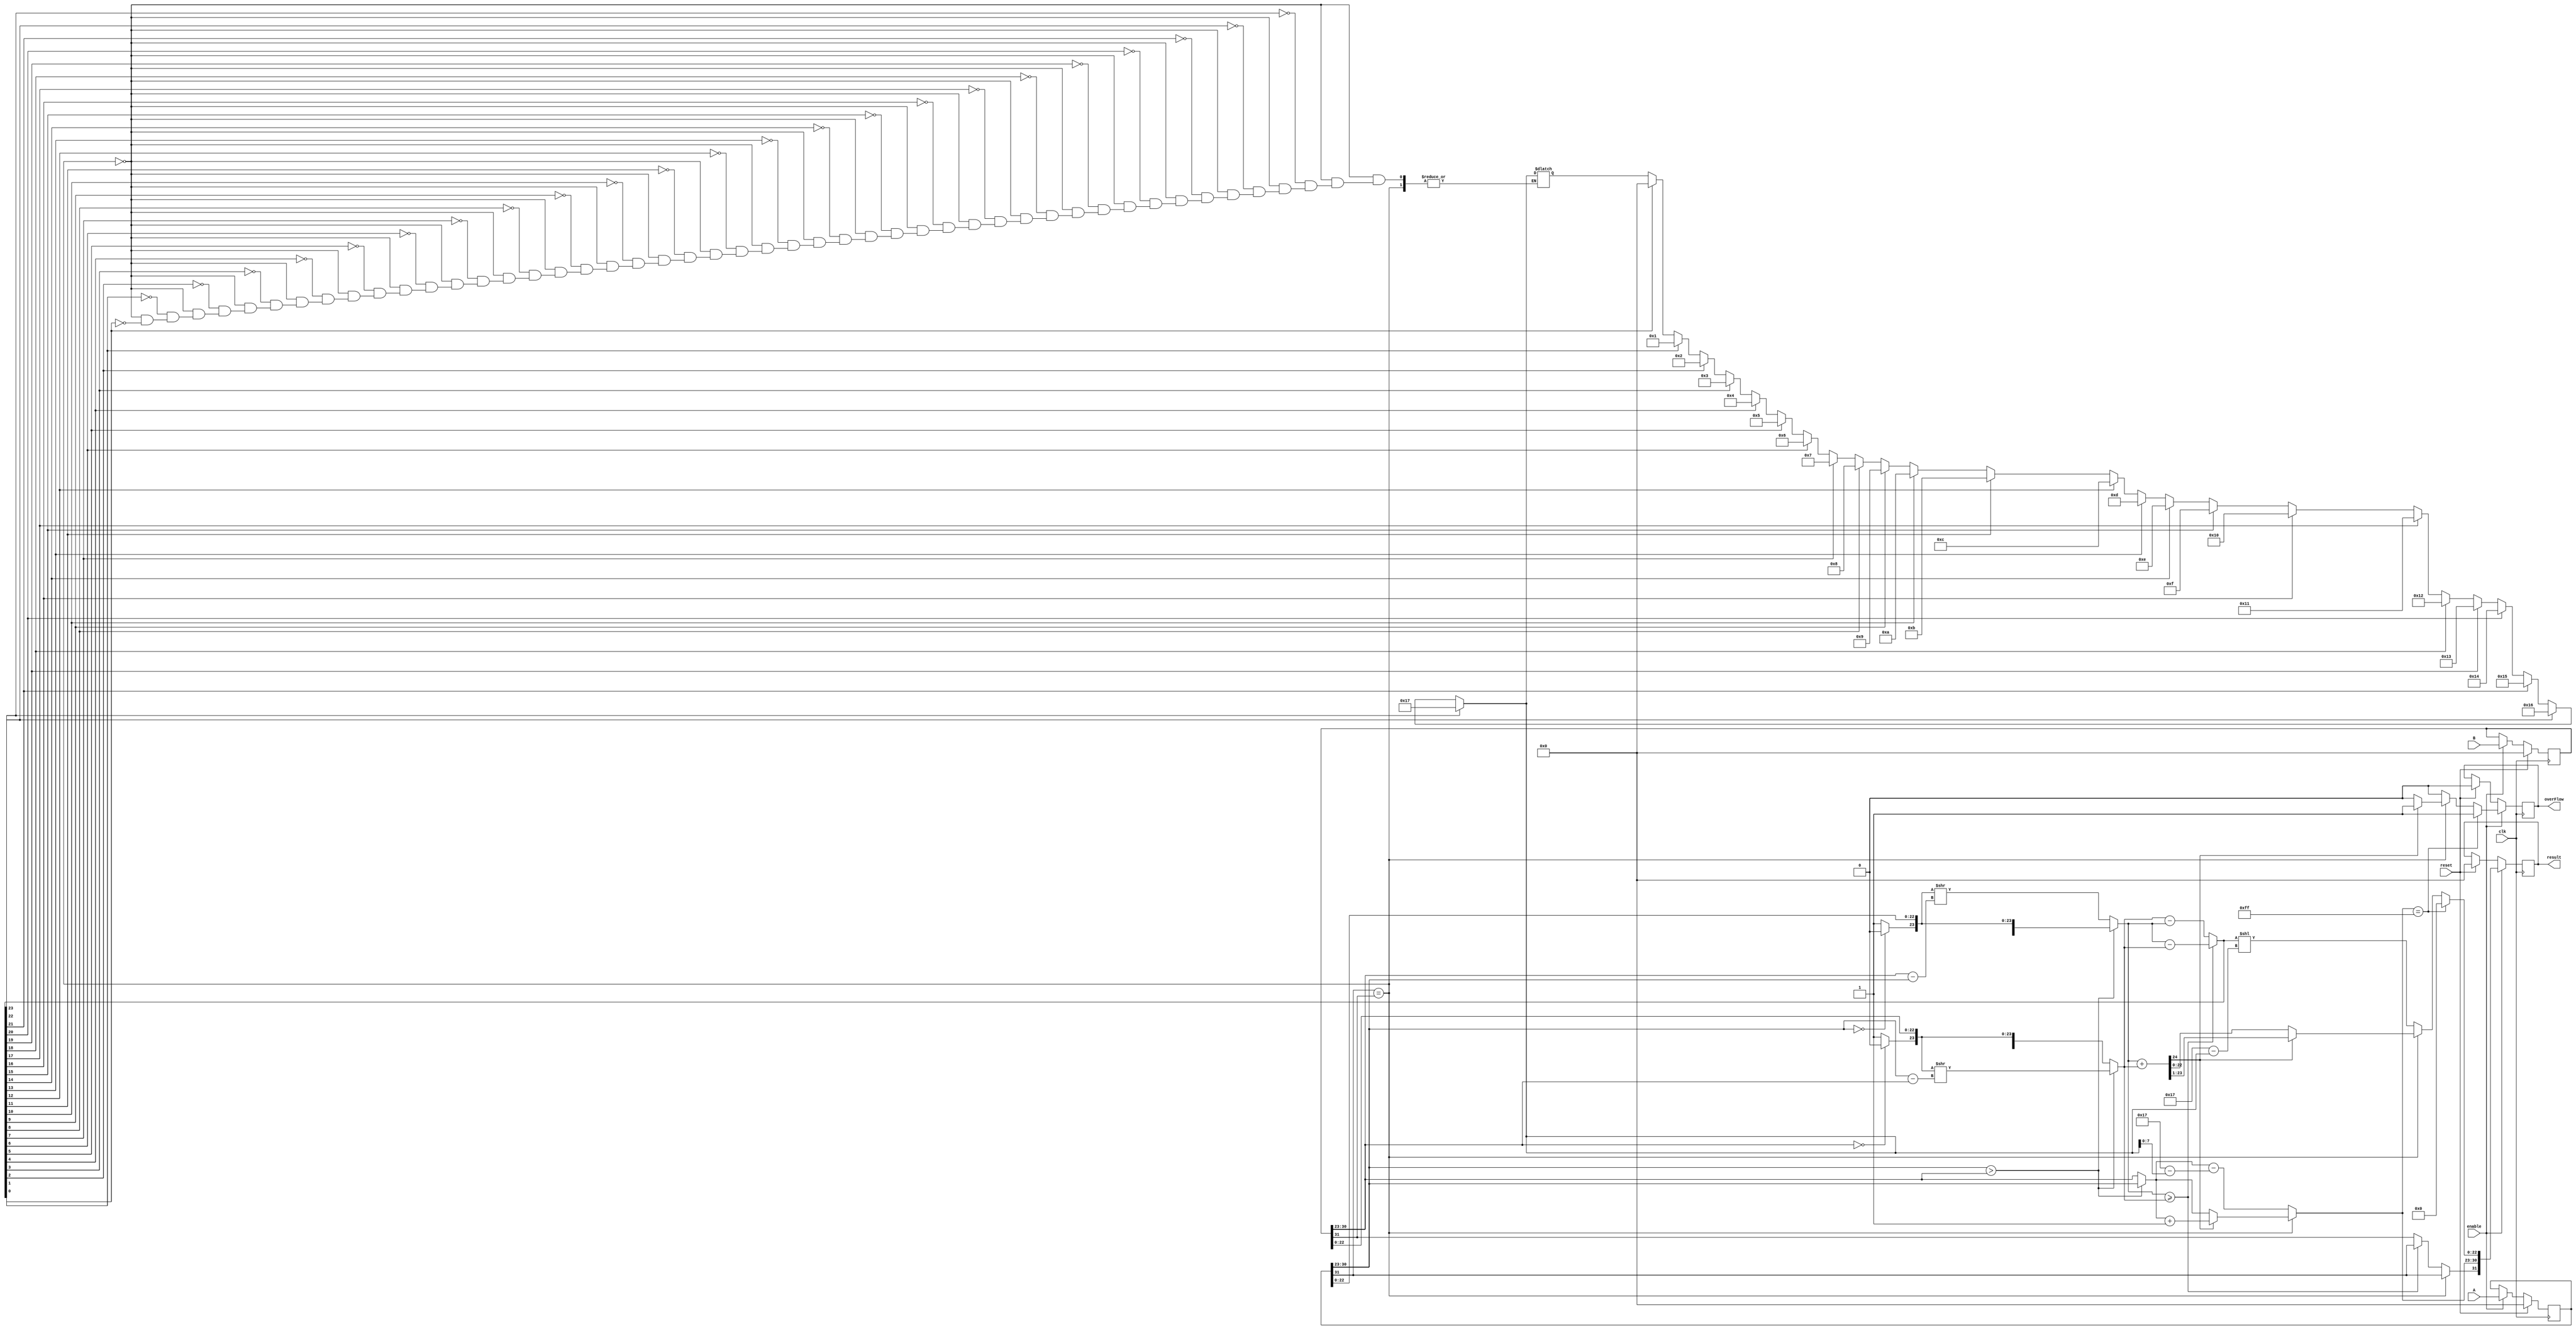
module registeredFPA (
  input  clk,
  input  reset,
  input  enable,
  input [31:0] A,
  input [31:0] B,
  output reg [31:0] result,
  output reg overFlow
);

  reg [31:0] A_reg, B_reg;
  reg [31:0] Sum_reg;
  reg overFlow_reg;

  // Register inputs on positive edge of the clock
  always @(posedge clk) begin
    if (reset) begin
      A_reg <= 0;
      B_reg <= 0;
    end
    else if (enable) begin
      A_reg <= A;
      B_reg <= B;
    end
  end

  // Register outputs on positive edge of the clock
  always @(posedge clk) begin
    if (reset) begin
      result <= 0;
      overFlow <= 0;
    end
    if(enable) begin
      result <= Sum_reg;
      overFlow <= overFlow_reg;
    end
  end

  reg [24:0] MA, MB, MR;
  reg [7:0] ER;
  reg SR;
  reg IBA, IBB;
  integer MSB, i;

  always @(A_reg,B_reg) begin
    overFlow_reg = 0;
    IBA = (A_reg[30:23] == 8'b00000000) ? 1'b0 : 1'b1;
    IBB = (B_reg[30:23] == 8'b00000000) ? 1'b0 : 1'b1;
    MB = {IBB, B_reg[22:0]};
    MA = {IBA, A_reg[22:0]};
    if (A_reg[30:23] > B_reg[30:23]) begin
      MB = MB >> (A_reg[30:23] - B_reg[30:23]);
      ER = A_reg[30:23];
    end else begin
      MA = MA >> (B_reg[30:23] - A_reg[30:23]);
      ER = B_reg[30:23];
    end
    if (A_reg[31] == B_reg[31]) begin
      MR = MA + MB;
      SR = A_reg[31];
      if (MR[24]) begin
        MR = MR >> 1;
        ER = ER + 1;
        overFlow_reg = 1;
      end
    end else begin
      if (MA >= MB) begin
        MR = MA - MB;
      end else begin
        MR = MB - MA;
      end
      SR = (MA >= MB) ? A_reg[31] : B_reg[31];
      for (i = 0; i < 24; i = i + 1) begin
        if (MR[i] == 1) begin
          MSB = i;
        end
      end
      MR = MR << (23 - MSB);
      ER = ER - (23 - MSB);
    end

    if (ER == 8'b11111111) begin
      overFlow_reg = 1;
      MR[22:0] = 0;
    end
    Sum_reg = {SR, ER, MR[22:0]};
  end

endmodule